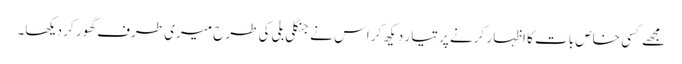
مجھے کسی خاص بات کا اظہار کرنے پر تیار دیکھ کر اس نے جنگلی بلی کی طرح میری طرف گھور کر دیکھا۔